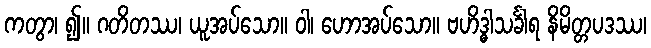
ကတွာ၊ ၍။ ဂတိတဿ၊ ယူအပ်သော။ ဝါ၊ ဟောအပ်သော။ ဗဟိဒ္ဓါသင်္ခါရ နိမိတ္တပဒဿ၊